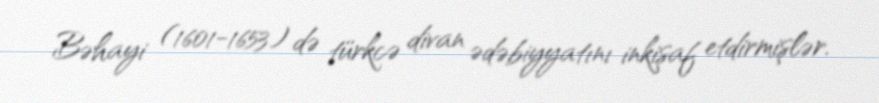
Bəhayi (1601-1653) də türkcə divan ədəbiyyatını inkişaf etdirmişlər.